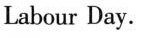
Labour Day.